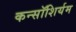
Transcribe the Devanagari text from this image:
कन्सॉशिर्यम